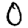
Digit: 0